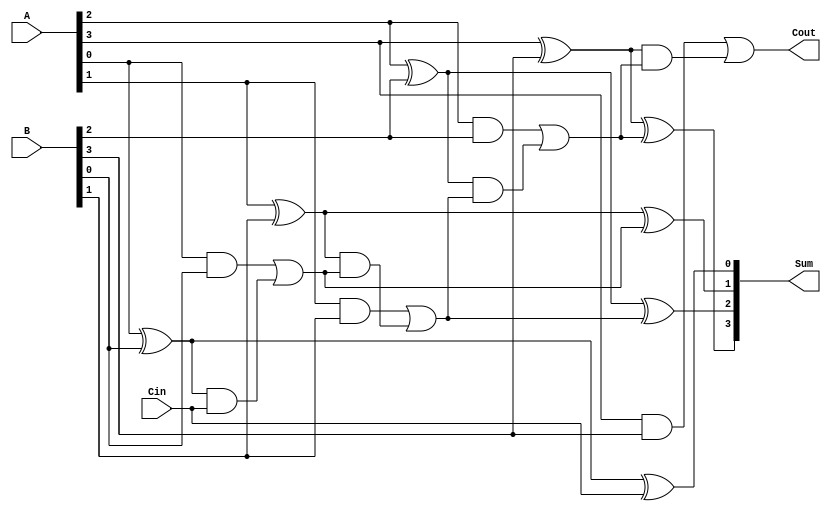
module ParallelFullAdder #(
    parameter N = 4 // Default size of the inputs (can be changed)
)(
    input  [N-1:0] A,      // N-bit binary number A
    input  [N-1:0] B,      // N-bit binary number B
    input          Cin,     // Carry input
    output [N-1:0] Sum,     // N-bit Sum output
    output         Cout      // Carry output
);

    wire [N:0] carry; // Internal carry signals

    assign carry[0] = Cin; // Assign the initial carry input

    // Generate full adders for each bit
    genvar i;
    generate
        for (i = 0; i < N; i = i + 1) begin : full_adder_unit
            // Sum calculation
            assign Sum[i] = A[i] ^ B[i] ^ carry[i];
            // Carry calculation
            assign carry[i + 1] = (A[i] & B[i]) | ((A[i] ^ B[i]) & carry[i]);
        end
    endgenerate

    // Final carry output
    assign Cout = carry[N];

endmodule